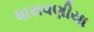
ધારાવણીયા